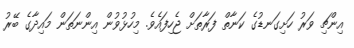
އިންޗި ވަރު ހަށިގަނޑުގެ ކަނާތް ފަރާތަށް ޖެހިފައެވެ. މިހުޅުވުން އިންނަތަން މައިދާގެ ބޭރު